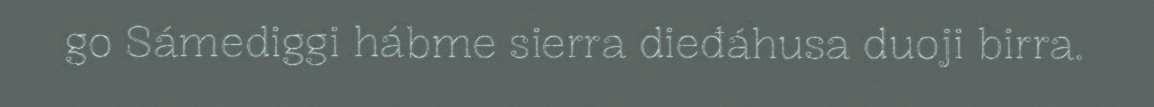
go Sámediggi hábme sierra dieđáhusa duoji birra.